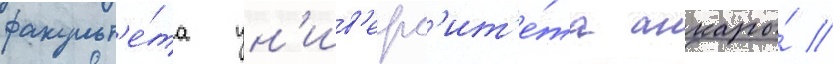
факульт'е́та ун'ив'ерс'ит'е́та анкары́ //